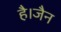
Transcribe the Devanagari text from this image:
है।जैन